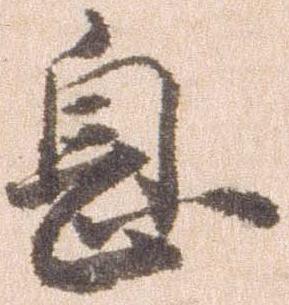
息